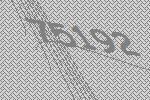
75192